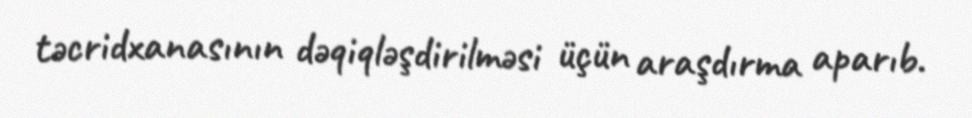
təcridxanasının dəqiqləşdirilməsi üçün araşdırma aparıb.